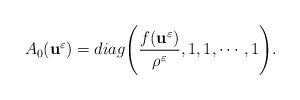
LaTeX: \begin{align*}A_{0}(\textbf{u}^{\varepsilon})=diag\Bigg(\frac{f(\textbf{u}^{\varepsilon})}{{\rho}^{\varepsilon}}, 1, 1, \cdots, 1\Bigg).\end{align*}